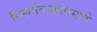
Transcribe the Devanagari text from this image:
निसर्गतज्ज्ञांप्रमाणे